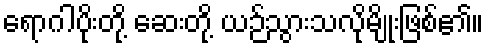
ရောဂါပိုးတို့ ဆေးတို့ ယဉ်သွားသလိုမျိုးဖြစ်၏။